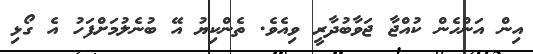
އިން އަންހެން ކުއްޖާ ޖަވާބުދާރީ ވިއެވެ. ތެންކިޔު އޭ ބުނެލުމަށްފަހު އެ ގޯޅި